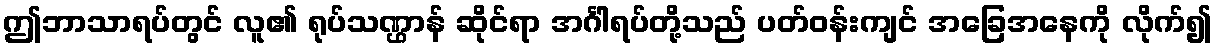
ဤဘာသာရပ်တွင် လူ၏ ရုပ်သဏ္ဌာန် ဆိုင်ရာ အင်္ဂါရပ်တို့သည် ပတ်ဝန်းကျင် အခြေအနေကို လိုက်၍